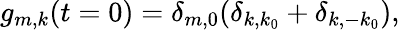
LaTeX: g_{m,k}(t=0)=\delta_{m,0}(\delta_{k,k_{0}}+\delta_{k,-k_{0}}),